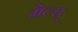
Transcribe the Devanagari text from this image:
मेल्स्